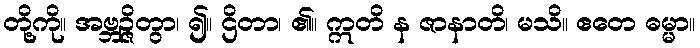
တို့ကို။ အဗ္ဘဉ္ဇိတွာ၊ ၍။ ဌိတာ၊ ၏။ ဣတိ န ဇာနာတိ၊ မသိ။ ဧတေ ဓမ္မာ။